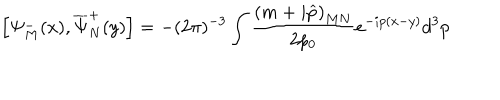
\left[ \Psi _ { M } ^ { - } ( x ) , \overline { { { \Psi } } } _ { N } ^ { + } ( y ) \right] = - ( 2 \pi ) ^ { - 3 } \int \frac { \left( m + i \widehat { p } \right) _ { M N } } { 2 p _ { 0 } } e ^ { - i p ( x - y ) } d ^ { 3 } p